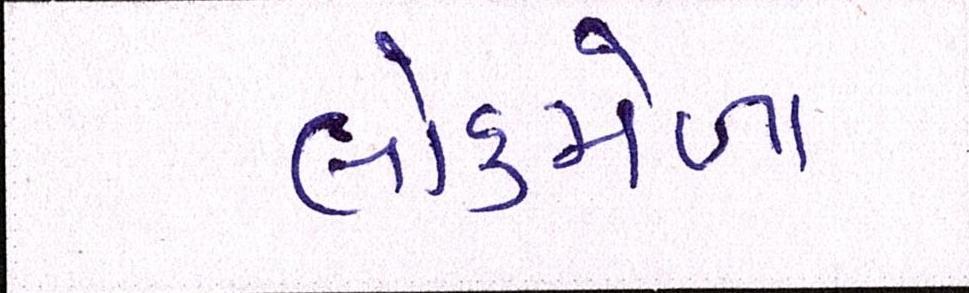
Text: લોકમેળા